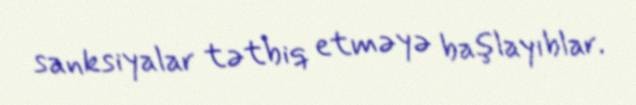
sanksiyalar tətbiq etməyə başlayıblar.